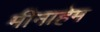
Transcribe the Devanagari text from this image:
मीनाहेम